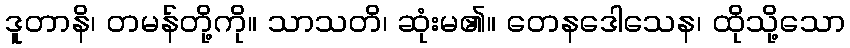
ဒူတာနိ၊ တမန်တို့ကို။ သာသတိ၊ ဆုံးမ၏။ တေနဒေါသေန၊ ထိုသို့သော